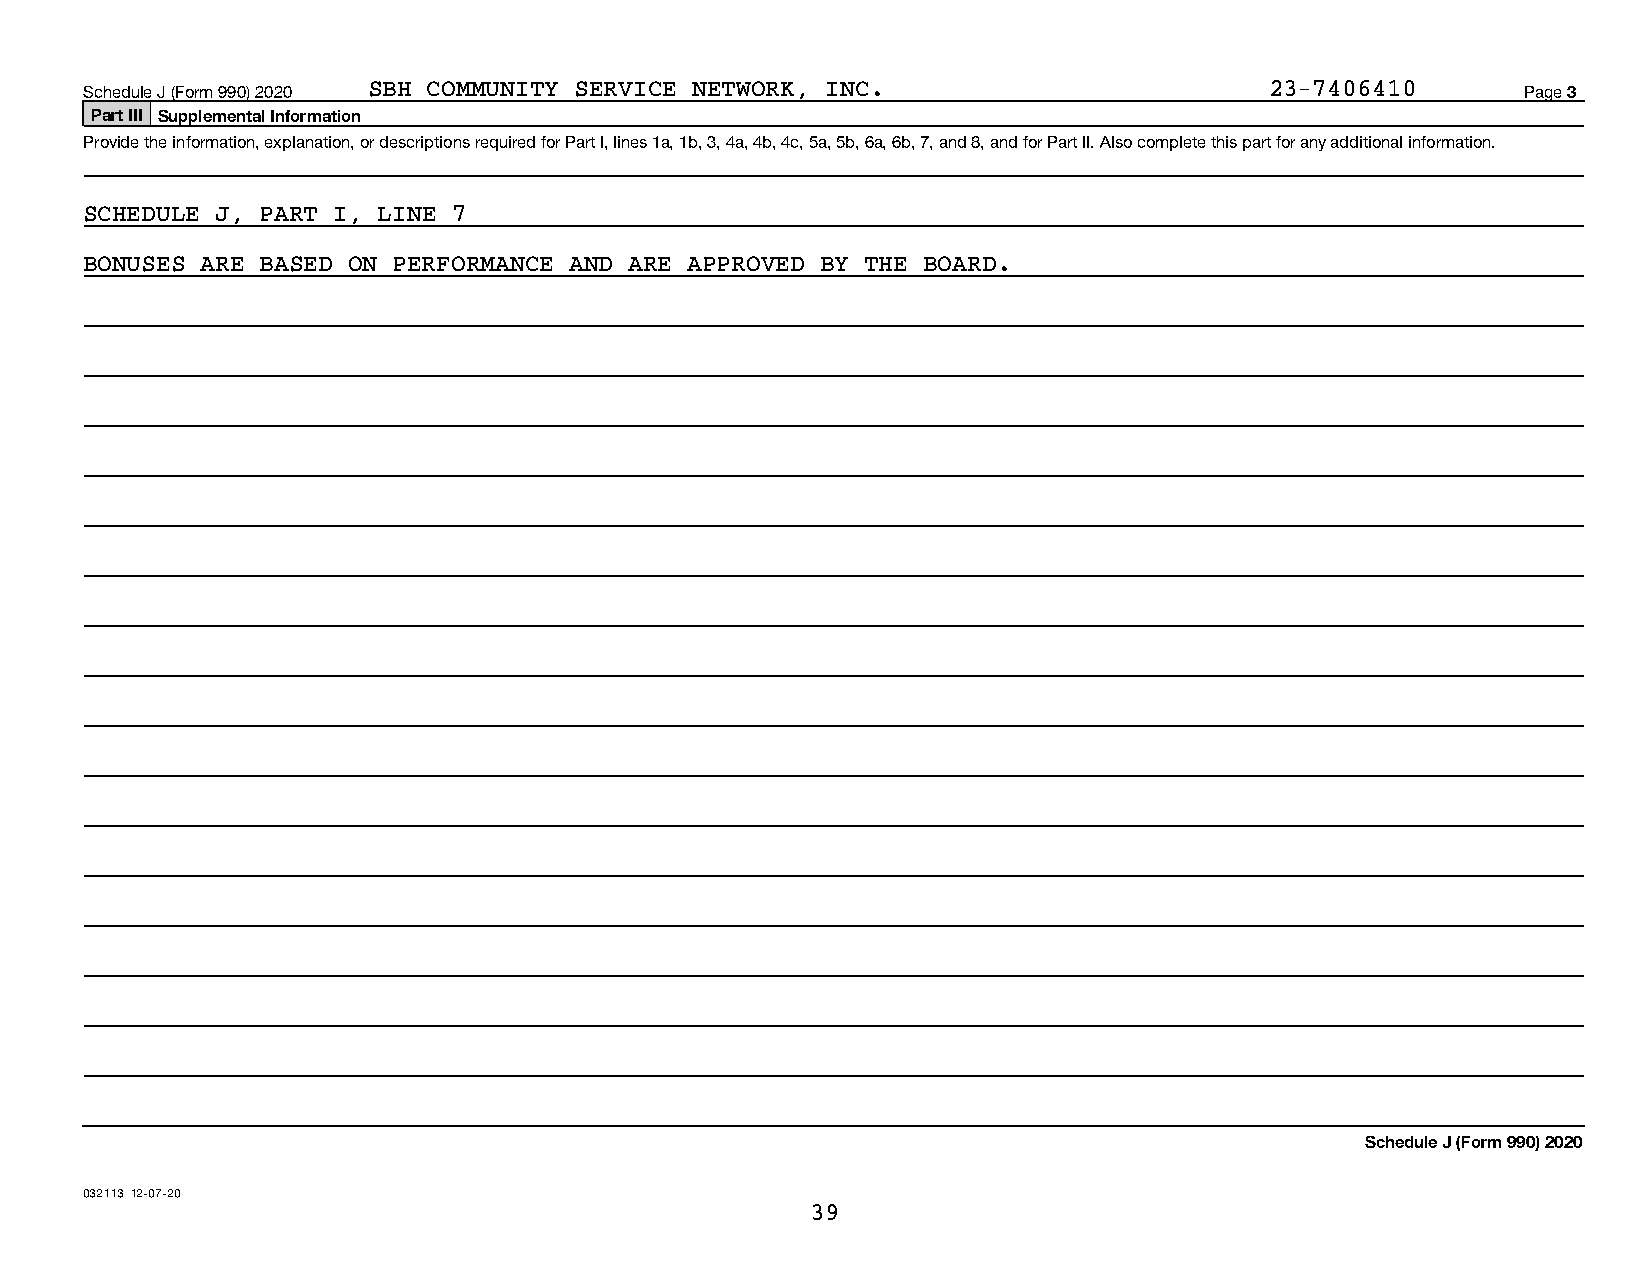
Schedule J (Form 990) 2020 SBH COMMUNITY SERVICE NETWORK, INC.                23-7406410       Page 3
 Part III Supplemental Information
 Provide the information, explanation, or descriptions required for Part I, lines 1a, 1b, 3, 4a, 4b, 4c, 5a, 5b, 6a, 6b, 7, and 8, and for Part II. Also complete this part for any additional information.
 SCHEDULE J, PART I, LINE 7
 BONUSES ARE BASED ON PERFORMANCE AND ARE APPROVED BY THE BOARD.
 Schedule J (Form 990) 2020
 032113 12-07-20
 39